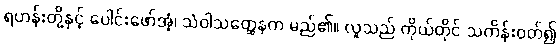
ရဟန်းတို့နှင့် ပေါင်းဖော်အံ့၊ သံဝါသတ္ထေနက မည်၏။ လူသည် ကိုယ်တိုင် သင်္ကန်းဝတ်၍